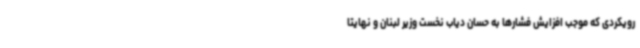
رویکردی که موجب افزایش فشارها به حسان دیاب نخست وزیر لبنان و نهایتا